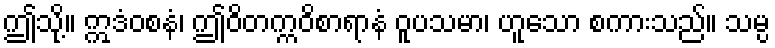
ဤသို့။ ဣဒံဝစနံ၊ ဤဝိတက္ကဝိစာရာနံ ဝူပသမာ၊ ဟူသော စကားသည်။ သမ္ပ